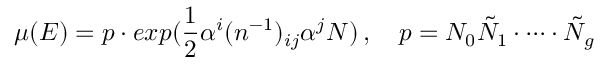
\mu ( E ) = p \cdot e x p ( \frac { 1 } { 2 } \alpha ^ { i } ( n ^ { - 1 } ) _ { i j } \alpha ^ { j } N ) \, , \quad p = N _ { 0 } \tilde { N } _ { 1 } \cdot \dots \cdot \tilde { N } _ { g }